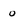
Character: 0